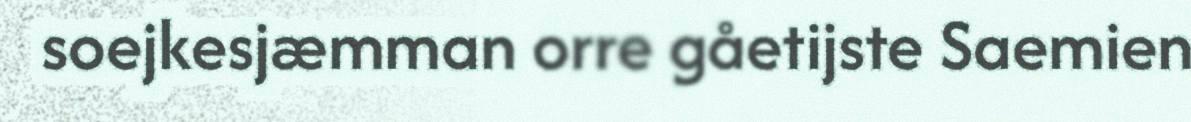
soejkesjæmman orre gåetijste Saemien